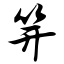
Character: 笄